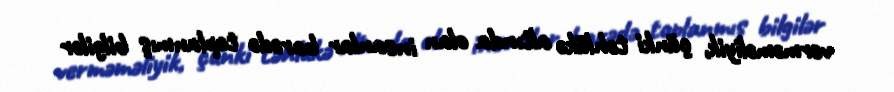
verməməliyik, çünki təhlükə altında olan insanlar barədə toplanmış bilgilər